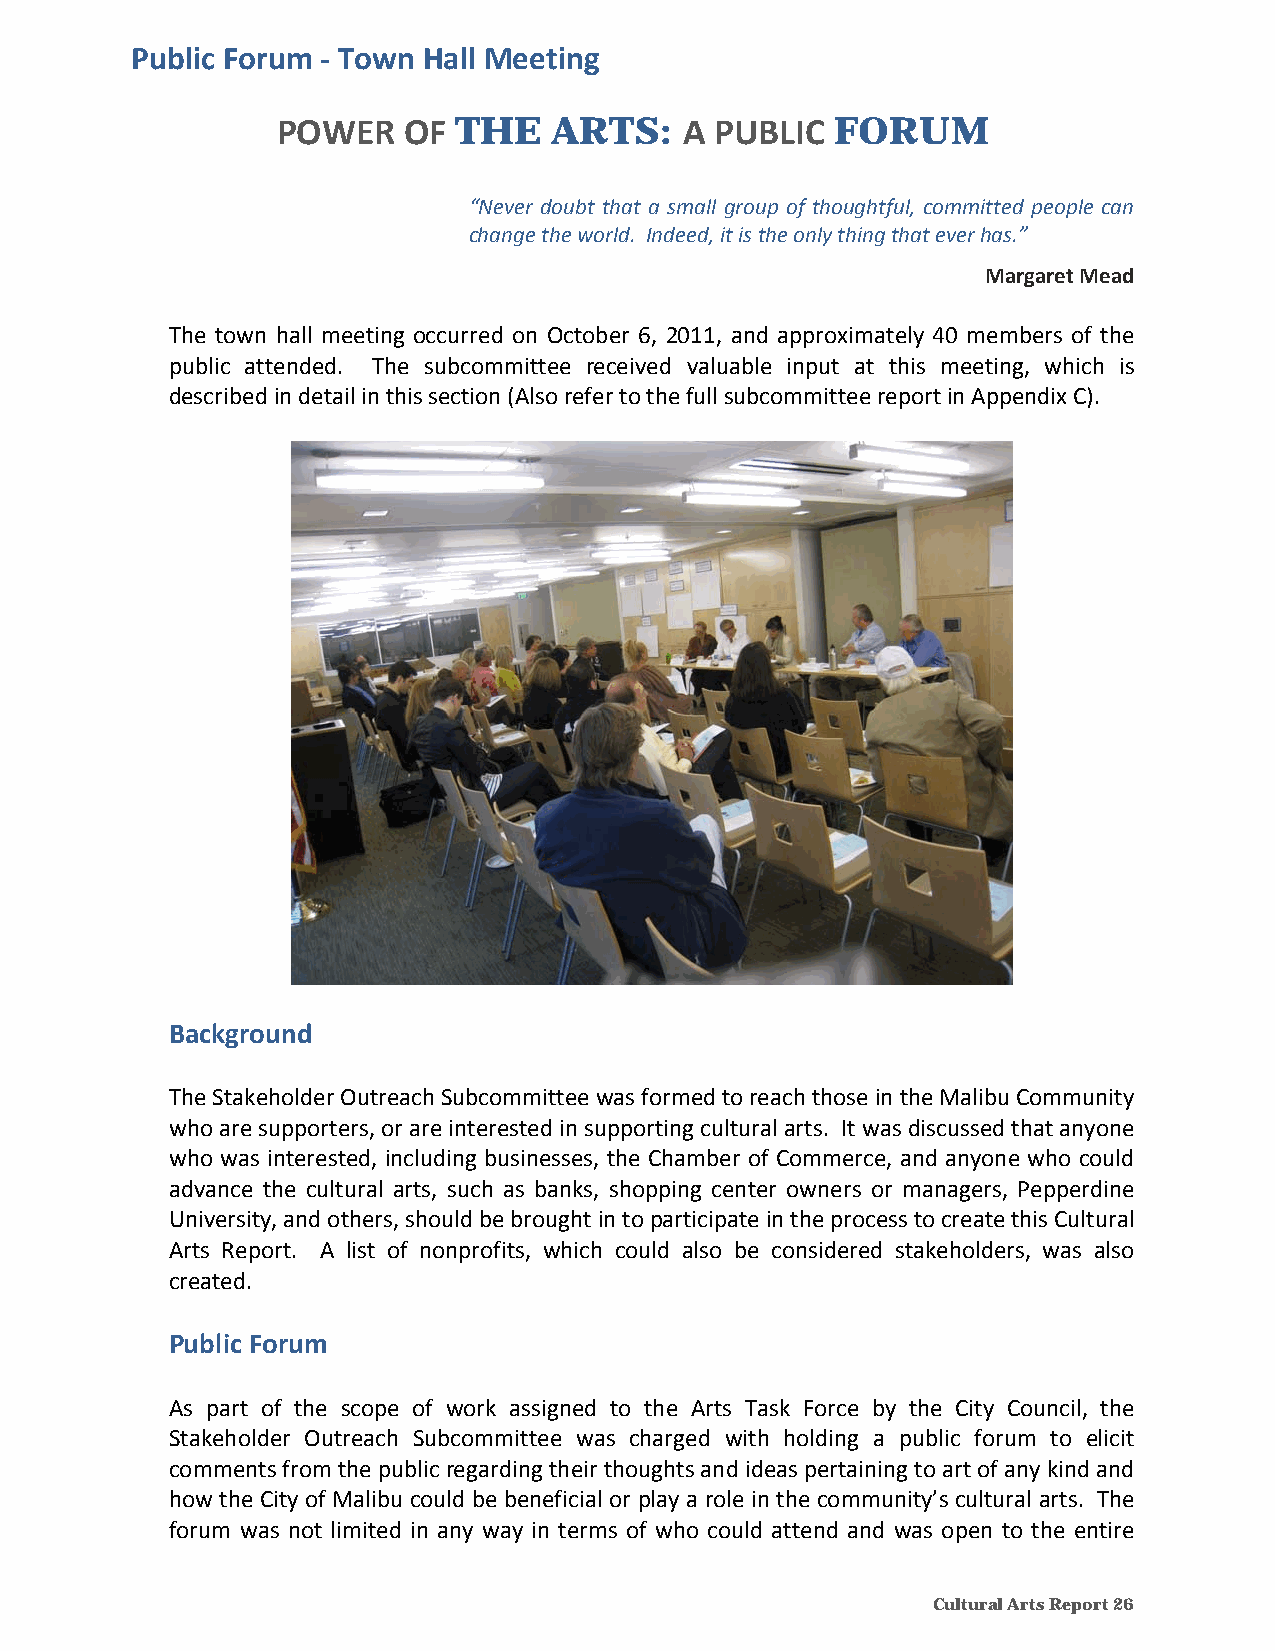
Public Forum ‐ Town Hall Meeting
 POWER    OF THE   ARTS:    A PUBLIC  FORUM
 “Never doubt that a small group of thoughtful, committed people can
 change the world. Indeed, it is the only thing that ever has.”
 Margaret Mead
 The town hall meeting occurred on October 6, 2011, and approximately 40 members of the
 public attended. The subcommittee received valuable input at this meeting, which is
 described in detail in this section (Also refer to the full subcommittee report in Appendix C).
 Background
 The Stakeholder Outreach Subcommittee was formed to reach those in the Malibu Community
 who are supporters, or are interested in supporting cultural arts. It was discussed that anyone
 who was interested, including businesses, the Chamber of Commerce, and anyone who could
 advance the cultural arts, such as banks, shopping center owners or managers, Pepperdine
 University, and others, should be brought in to participate in the process to create this Cultural
 Arts Report. A list of nonprofits, which could also be considered stakeholders, was also
 created.
 Public Forum
 As part of the scope of work assigned to the Arts Task Force by the City Council, the
 Stakeholder Outreach Subcommittee was charged with holding a public forum to elicit
 comments from the public regarding their thoughts and ideas pertaining to art of any kind and
 how the City of Malibu could be beneficial or play a role in the community’s cultural arts. The
 forum was not limited in any way in terms of who could attend and was open to the entire
 Cultural Arts Report 26